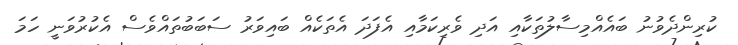
ކުރިންދެވުނު ބައެއްމިސާލުތަކާއި އަދި ވެރިކަމާއި އެފަދަ އެތަކެއް ބައިވަރު ސަބަބުތައްވެސް އެކުރުވަނީ ހަމަ